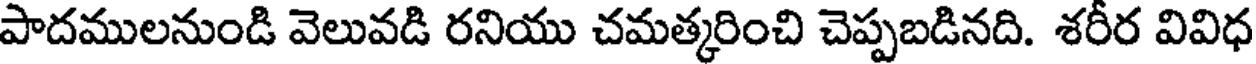
పాదములనుండి వెలువడి రనియు చమత్కరించి చెప్పబడినది. శరీర వివిధ